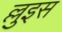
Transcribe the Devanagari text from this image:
ल्लुइस